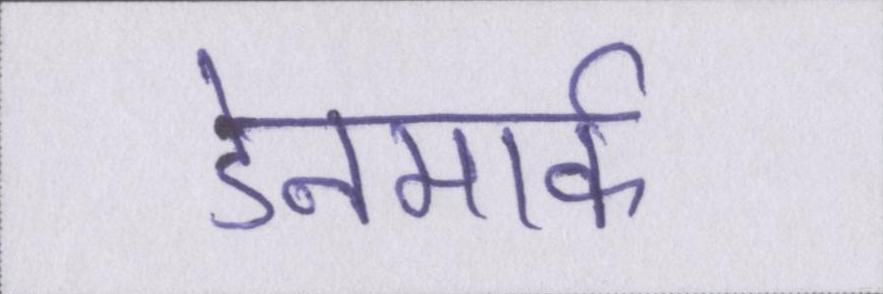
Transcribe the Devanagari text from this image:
डेनमार्क